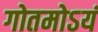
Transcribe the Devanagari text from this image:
गोतमोऽयं